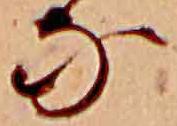
な